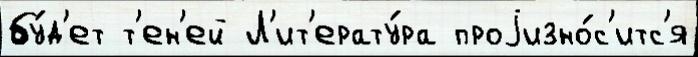
бу́д'ет т'ен'ей Л'ит'ерату́ра проjизно́с'итс'я